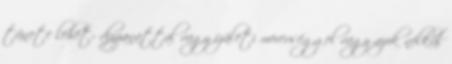
tünete lehet: duzzanattal vagy ízületi merevséggel vagy azok nélkül